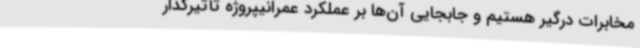
مخابرات درگیر هستیم و جابجایی آن‌ها بر عملکرد عمرانیپروژه تأثیرگذار